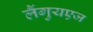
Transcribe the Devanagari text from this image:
लैंगुयएज